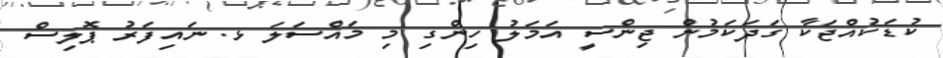
ކުޑަކުއްޖަކާ ގަދަކަމުން ޖިންސީ އަމަލު ހިންގި މި މައްސަލަ ޅ. ނައިފަރު ޕޮލިސް